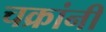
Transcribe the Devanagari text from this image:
चक्रांनी